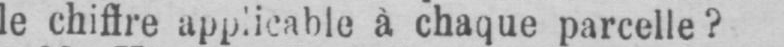
à chaque parcelle?